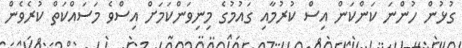
ގުޅުން ހުންނަ ކަންކަން އިސް ކުރުމާއި ގައުމުގެ މިނިވަންކަމަށް އިސްވެ މަސައްކަތް ކުރެވެން